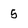
Character: 5